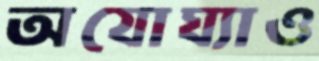
অযোঘ্যাও